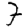
Digit: 7